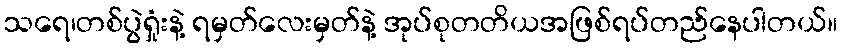
သရေ၊တစ်ပွဲရှုံးနဲ့ ရမှတ်လေးမှတ်နဲ့ အုပ်စုတတိယအဖြစ်ရပ်တည်နေပါတယ်။